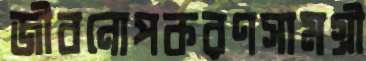
জীবনোপকরণসামগ্রী